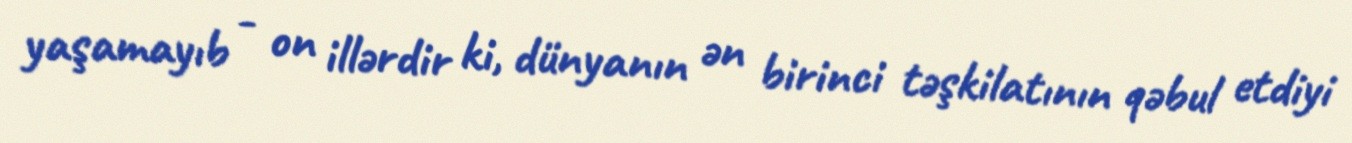
yaşamayıb - on illərdir ki, dünyanın ən birinci təşkilatının qəbul etdiyi